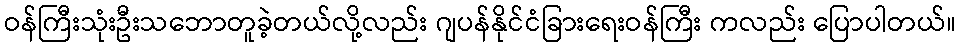
ဝန်ကြီးသုံးဦးသဘောတူခဲ့တယ်လို့လည်း ဂျပန်နိုင်ငံခြားရေးဝန်ကြီး ကလည်း ပြောပါတယ်။